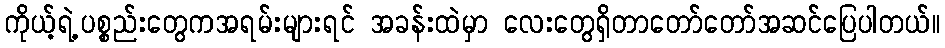
ကိုယ့်ရဲ့ပစ္စည်းတွေကအရမ်းများရင် အခန်းထဲမှာ လေးတွေရှိတာတော်တော်အဆင်ပြေပါတယ်။